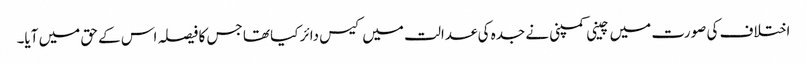
اختلاف کی صورت میں چینی کمپنی نے جدہ کی عدالت میں کیس دائر کیا تھا جس کا فیصلہ اس کے حق میں آیا۔